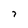
Character: 7